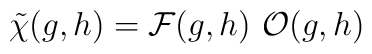
\tilde \chi(g,h) = {\cal F}(g,h) \ {\cal O}(g,h)